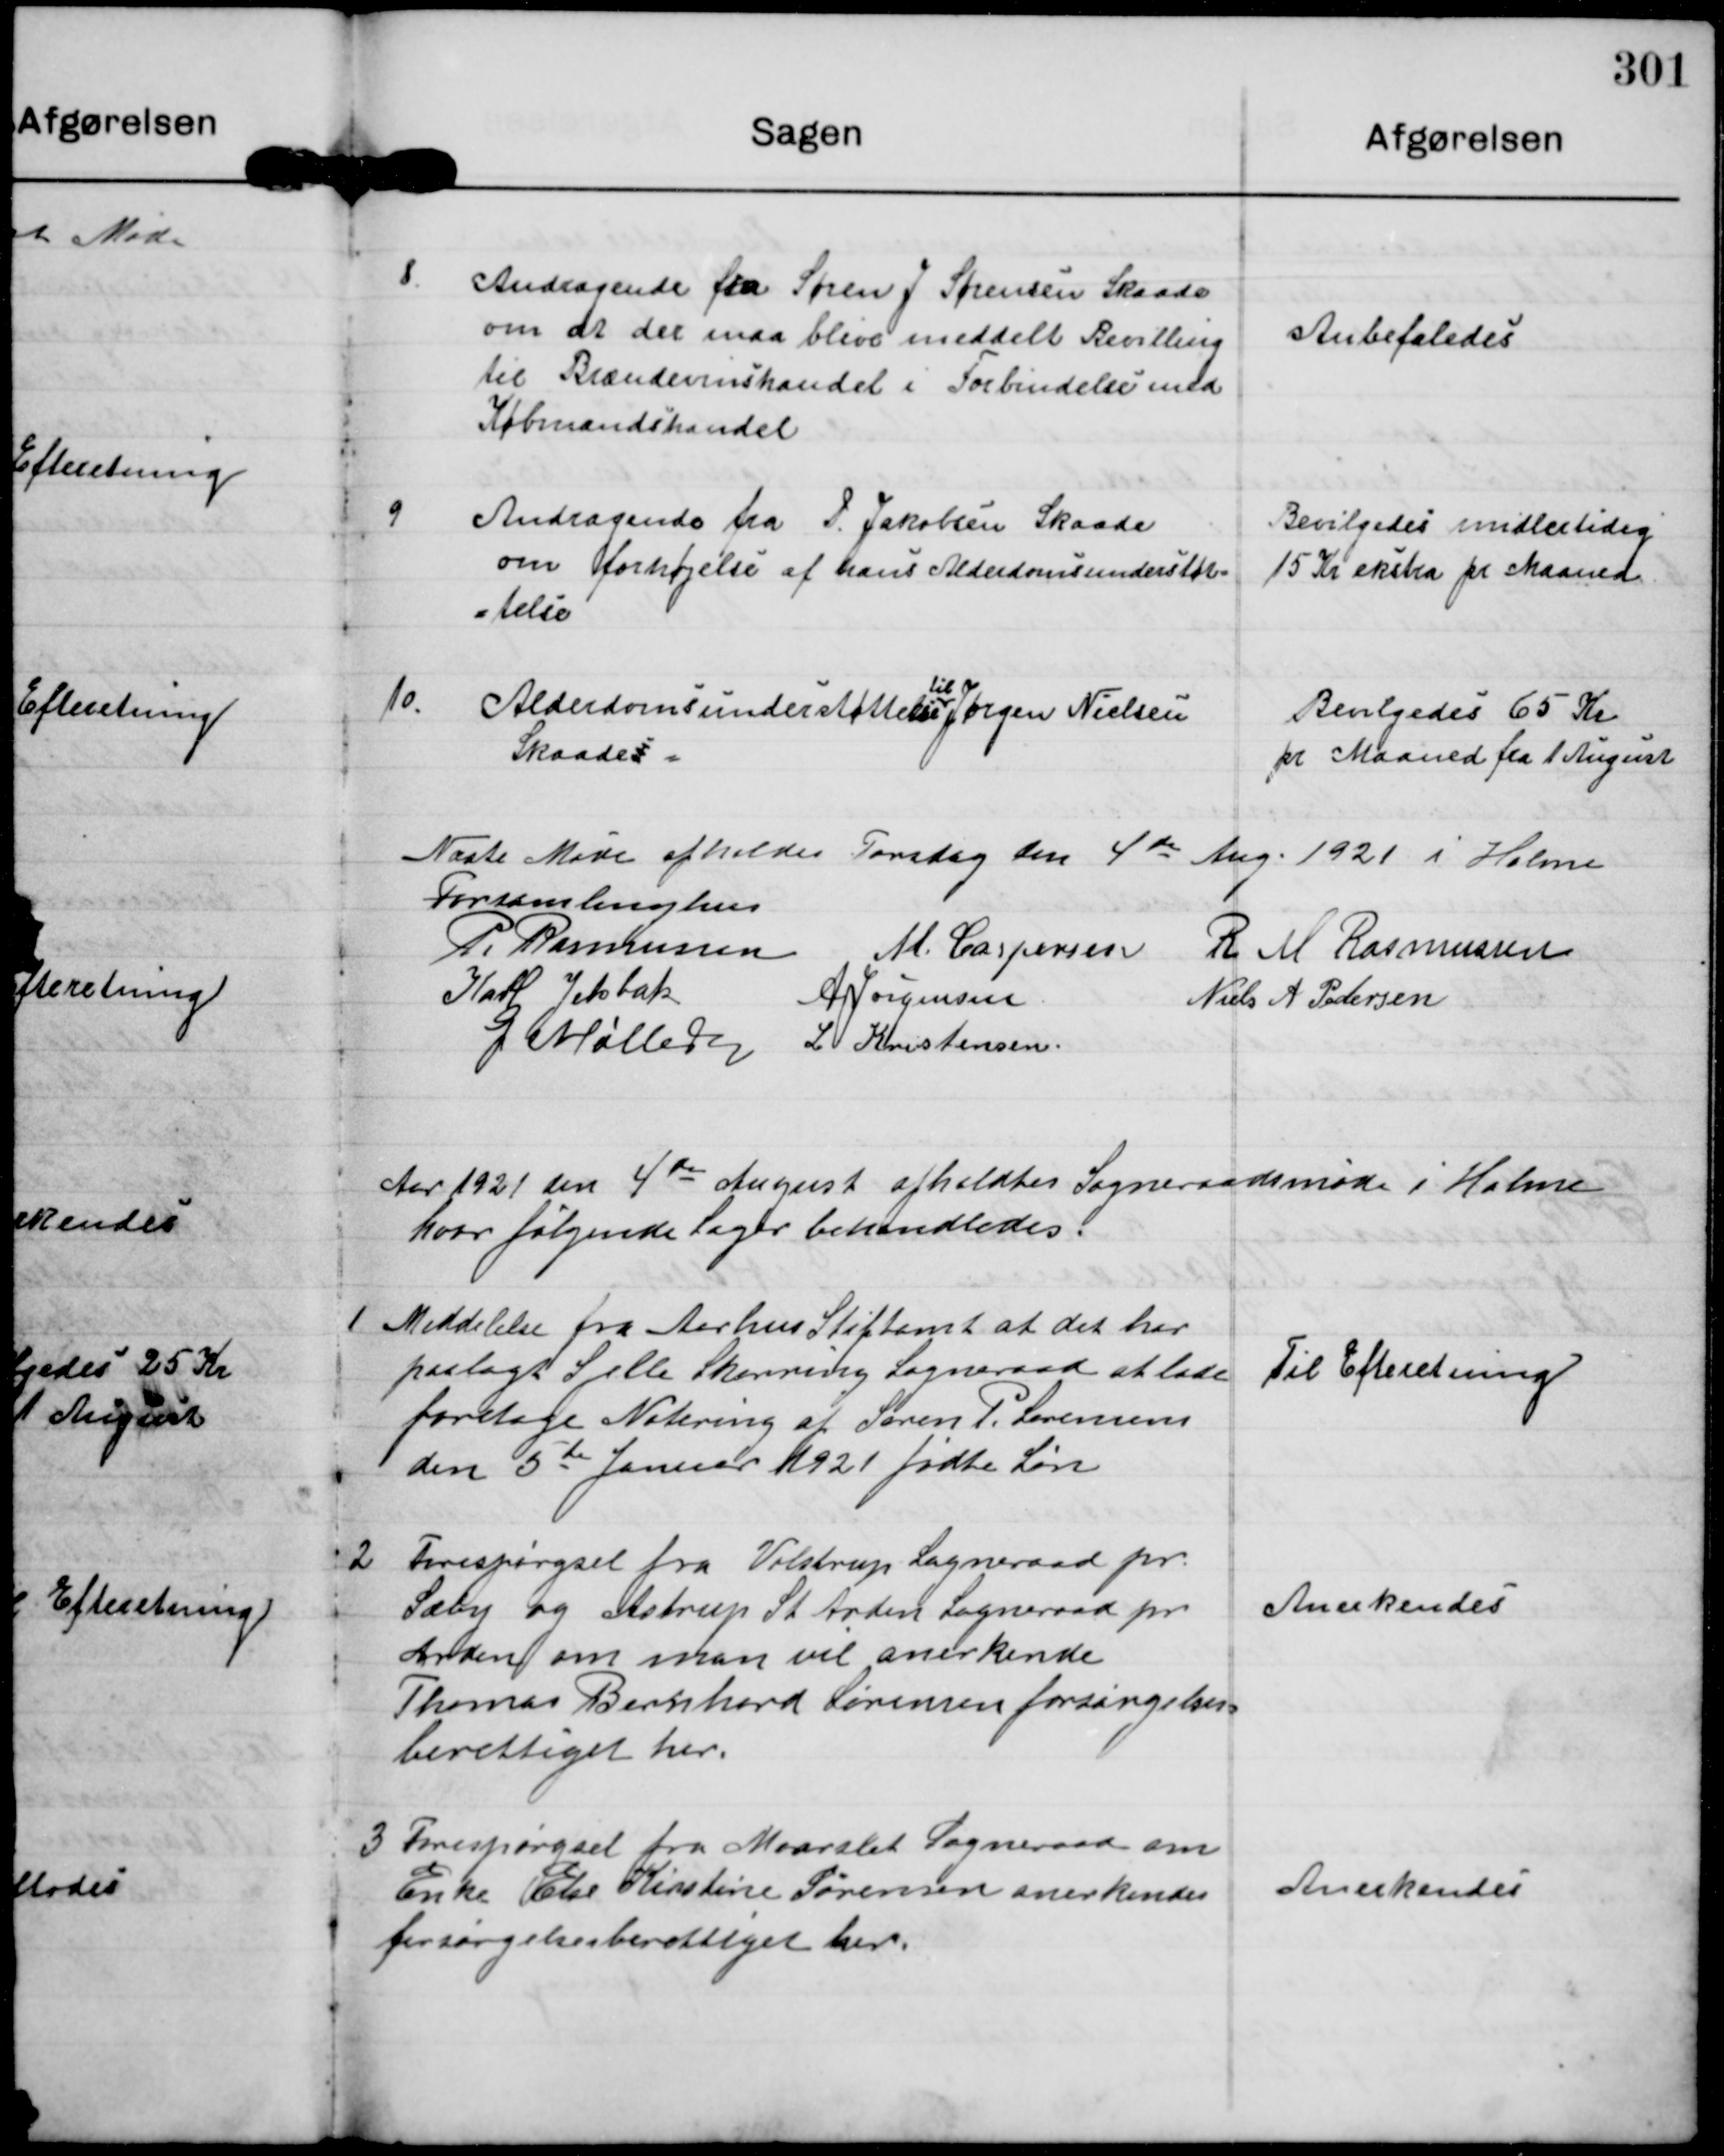
Transskription:
8

Andragende fra Søren J Sørensen Skaade
om at der maa blive meddelt Bevilling
til Brændevinshandel i Forbindelse med
Købmandshandel.

Anbefaledes

9

Andragende fra P. Jakobsen Skaade
om forhøjelse af hans Alderdomsunderstøt-
telse

Bevilgedes midlertidig
15 Kr ekstra pr Maaned.

10

Alderdomsunderstøttelse
til
Alderdomsunderstøttelse Jørgen Nielsen
Skaade t.

Bevilgedes 65 Kr
pr Maaned fra 1 August

Næste Møde afholdes Torsdag den 4de Aug 1921 i Holme
Forsamlinghus

P. Rasmussen
M. Caspersen R M Rasmussen
Karl Jelsbak
A Jørgensen
Niels A Pedersen
G Møller L Kristensen

Aar 1921 den 4 de August afholdtes Sogneraadsmøde i Holme
hvor følgende Sager behandledes.

1

Meddelelse fra Aarhus Stiftamt at det har
paalagt Sjelle Skørring Sogneraad at lade
foretage Notering af Søren P. Serensen
den 5de Januar 1921 fødte Søn

Til Efteretning

2

Forespørgsel fra Volstrup Sogneraad pr
Sæby og Astrup St Arden Sogneraad pr
Arden om man vil anerkende
Thomas Bernhard Sørensen forsørgelses-
berettiget her.

Anerkendes.

3

Forespørgsel fra Maarslet Sogneraad om
Enke Else Kirstine Sørensen anerkendes
forsørgelsesberettlget her

Anerkendes